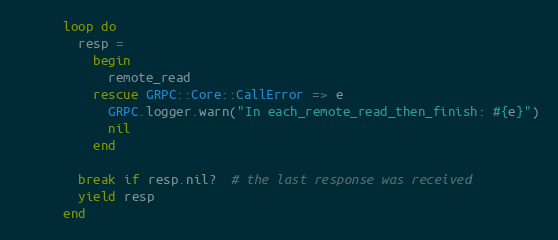
Language: Ruby
      loop do
        resp =
          begin
            remote_read
          rescue GRPC::Core::CallError => e
            GRPC.logger.warn("In each_remote_read_then_finish: #{e}")
            nil
          end

        break if resp.nil?  # the last response was received
        yield resp
      end